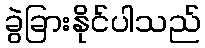
ခွဲခြားနိုင်ပါသည်